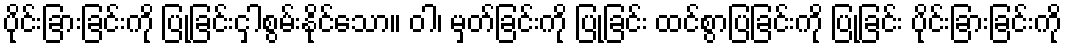
ပိုင်းခြားခြင်းကို ပြုခြင်းငှါစွမ်းနိုင်သော။ ဝါ၊ မှတ်ခြင်းကို ပြုခြင်း ထင်စွာပြခြင်းကို ပြုခြင်း ပိုင်းခြားခြင်းကို